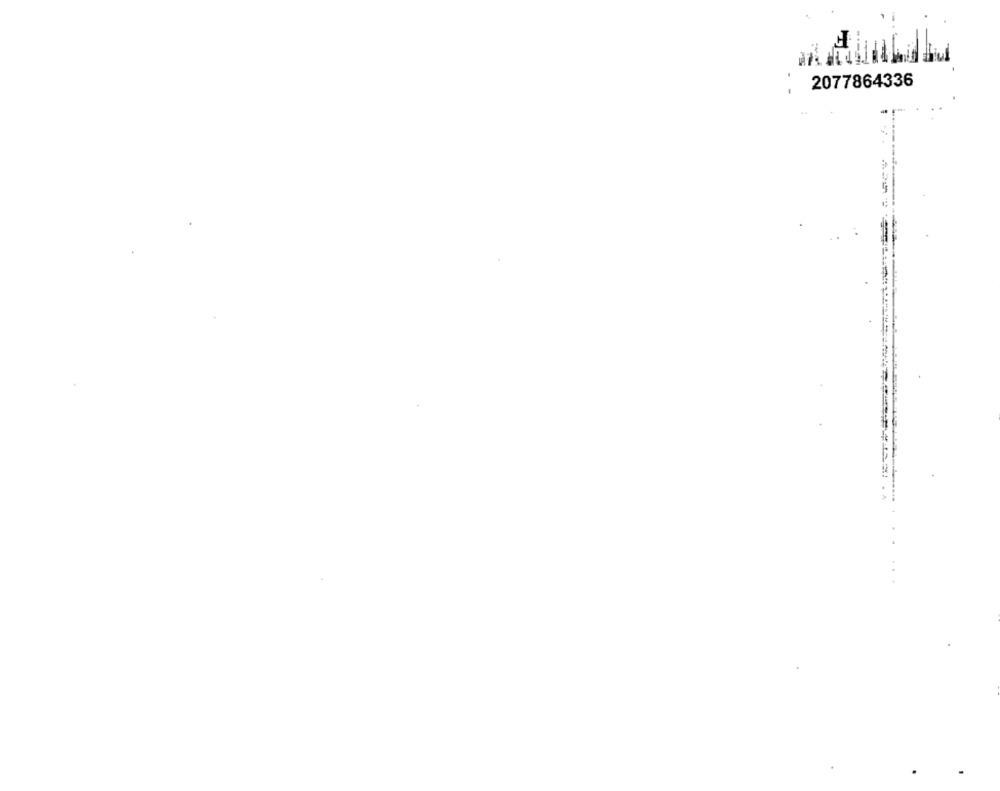
2077864336
..